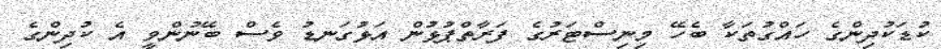
ކުޑަކުދިންގެ ހައްގުތަކާ ބެހޭ މިނިސްޓަރުގެ ފަރާތްޕުޅުން އަޅުގަނޑު ވެސް ބޭނުންވީ އެ ކުދިންގެ